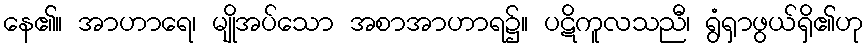
နေ၏။ အာဟာရေ၊ မျိုအပ်သော အစာအာဟာရ၌။ ပဋိကူလသညီ၊ ရွံရှာဖွယ်ရှိ၏ဟု